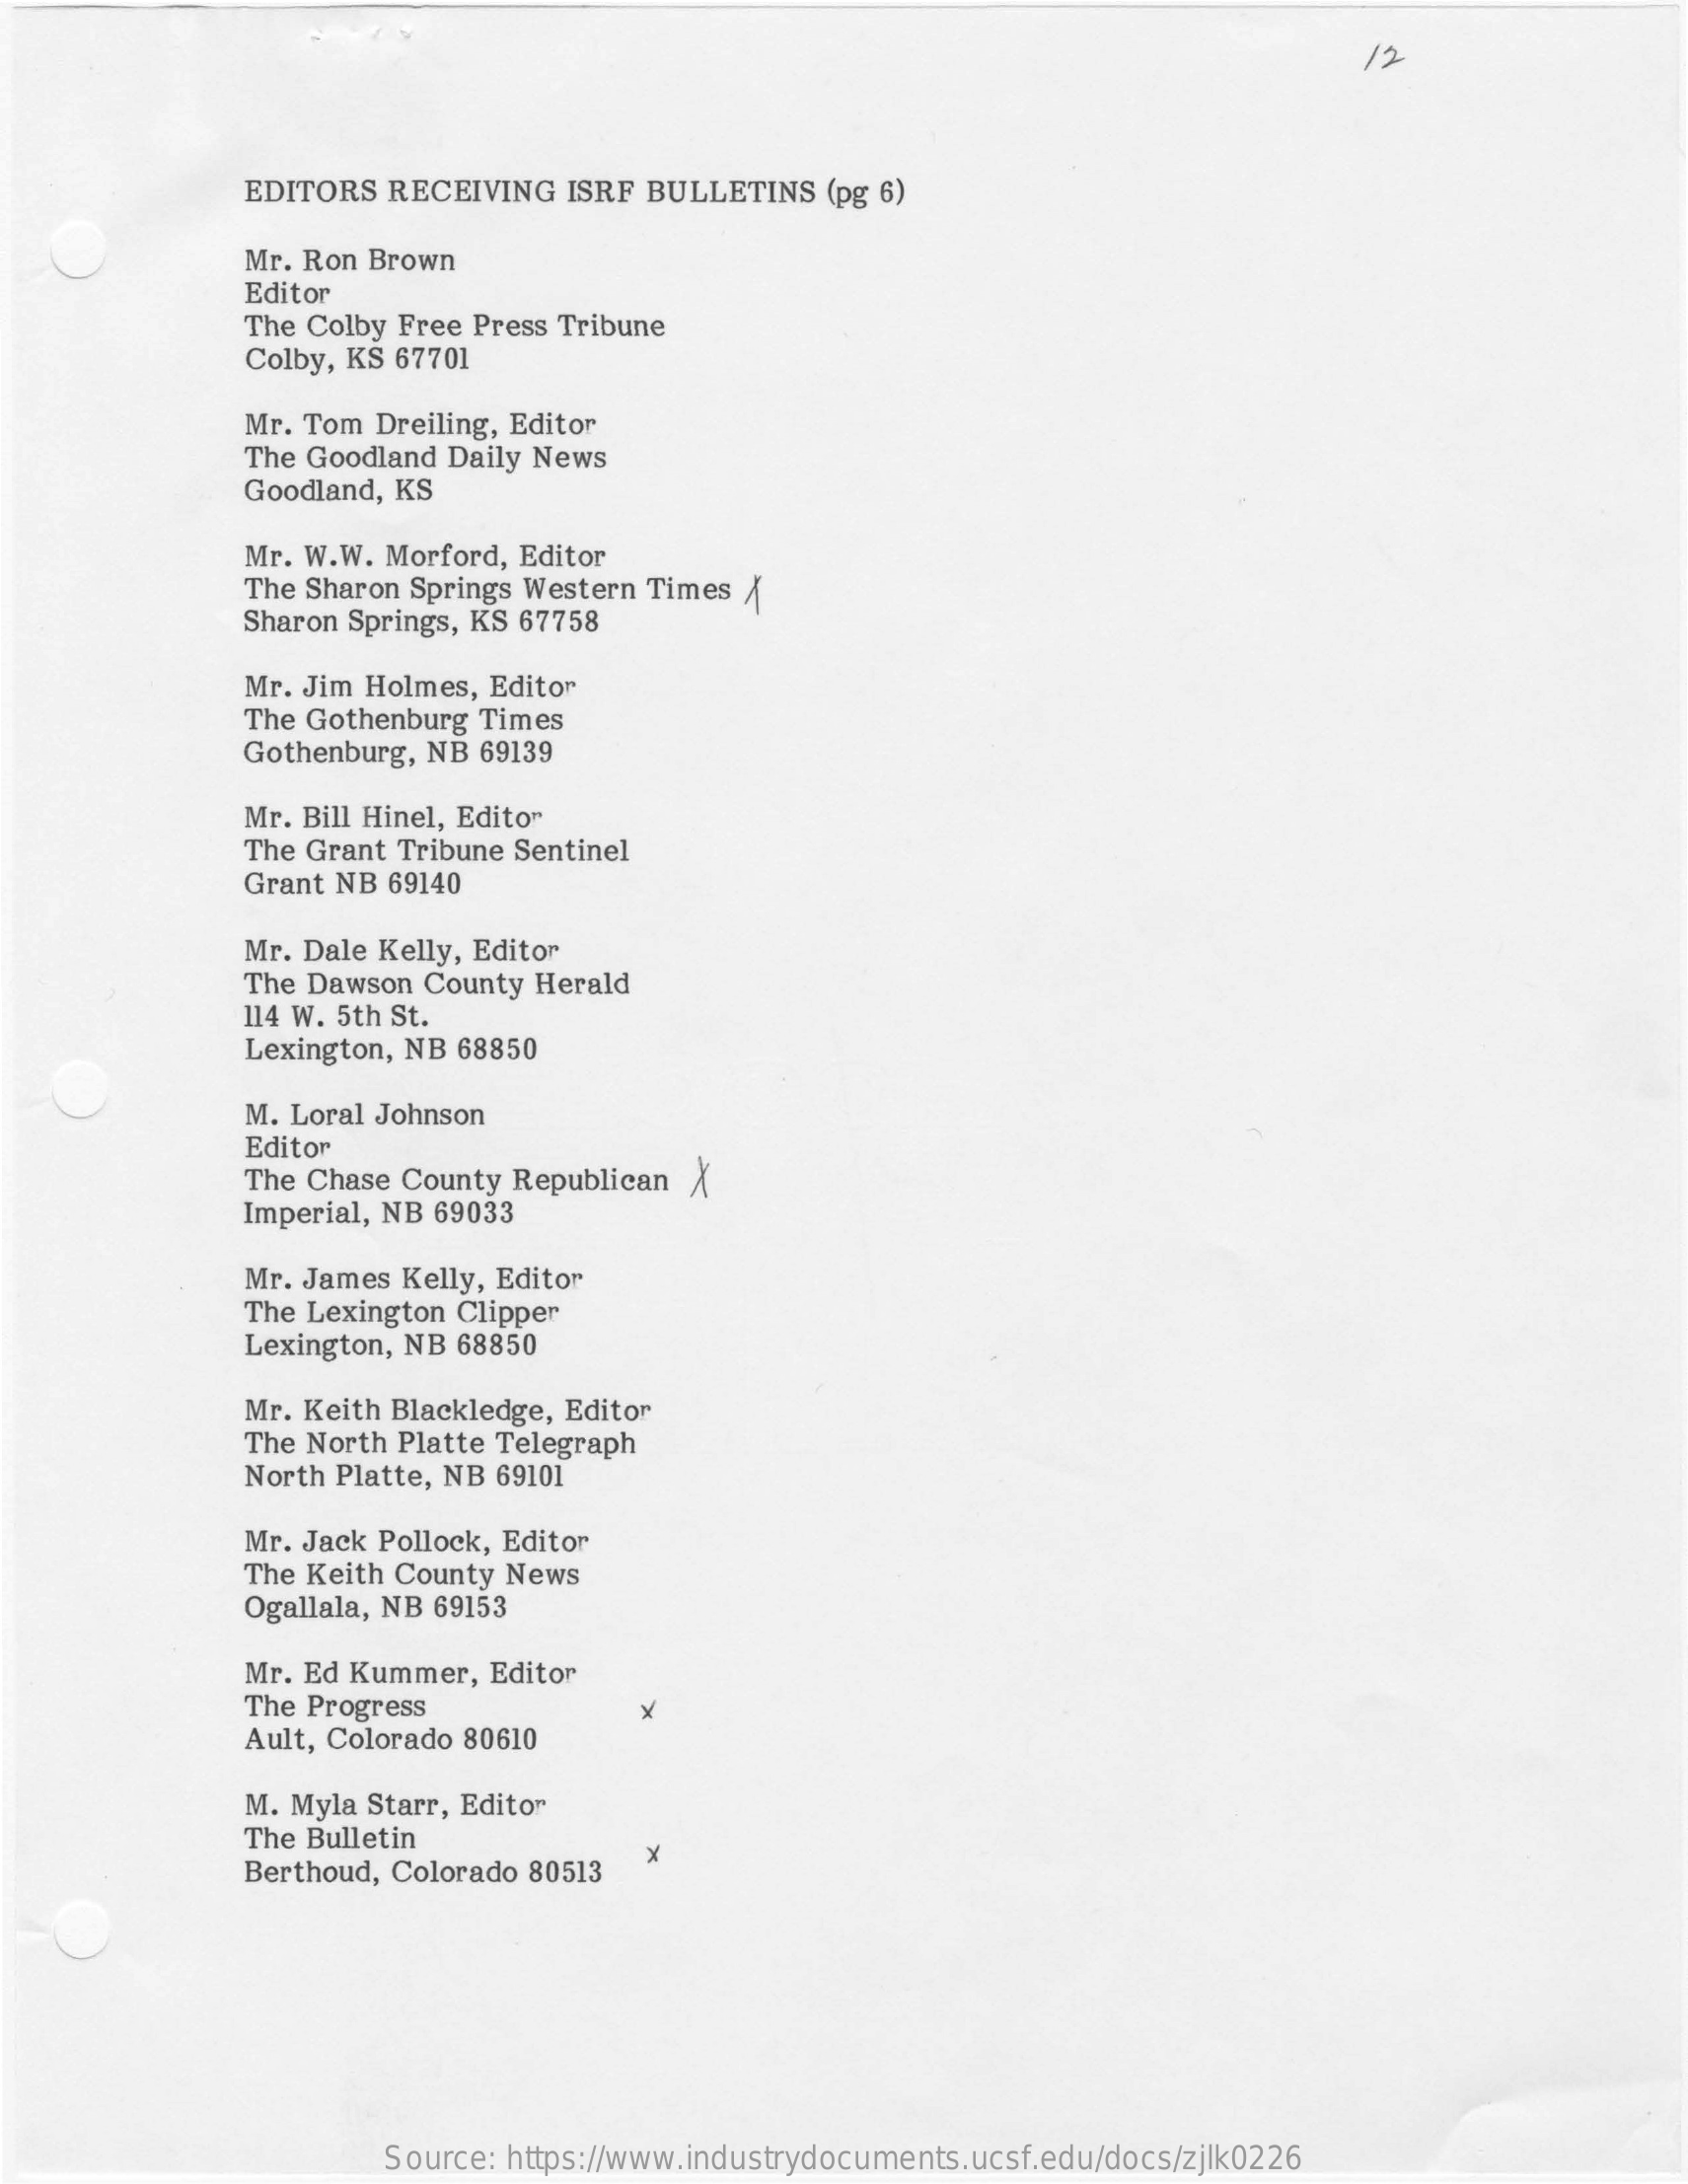
12
     EDITORS  RECEIVING  ISRF BULLETINS   (pg 6)
     Mr. Ron Brown
     Editor
     The Colby Free Press Tribune
     Colby, KS 67701
     Mr. Tom Dreiling, Editor
     The Goodland Daily News
     Goodland, KS
     Mr. W.W. Morford, Editor
     The Sharon Springs Western Times A
     Sharon Springs, KS 67758
     Mr. Jim Holmes, Editor
     The Gothenburg Times
     Gothenburg, NB 69139
     Mr. Bill Hinel, Editor
     The Grant Tribune Sentinel
     Grant NB 69140
     Mr. Dale Kelly, Editor
     The Dawson County Herald
     114 W. 5th St.
     Lexington, NB 68850
     M. Loral Johnson
     Editor
     The Chase County Republican X
     Imperial, NB 69033
     Mr. James Kelly, Editor
     The Lexington Clipper
     Lexington, NB 68850
     Mr. Keith Blackledge, Editor
     The North Platte Telegraph
     North Platte, NB 69101
     Mr. Jack Pollock, Editor
     The Keith County News
     Ogallala, NB 69153
     Mr. Ed Kummer,  Editor
     The Progress
     Ault, Colorado 80610
     M. Myla Starr, Editor
     The Bulletin
     Berthoud, Colorado 80513
     Source: https://www.industrydocuments.ucsf.edu/docs/zjlk0226